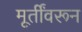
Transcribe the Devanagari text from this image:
मूर्तींवरून